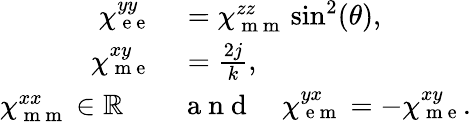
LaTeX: \begin{array}{rl}{\chi_{\mathrm{~e~e~}}^{yy}}&{{}=\chi_{\mathrm{~m~m~}}^{zz}\sin^{2}(\theta),}\\ {\chi_{\mathrm{~m~e~}}^{xy}}&{{}=\frac{2j}{k},}\\ {\chi_{\mathrm{~m~m~}}^{xx}\in\mathbb{R}\quad}&{{}\mathrm{~a~n~d~}\quad\chi_{\mathrm{~e~m~}}^{yx}=-\chi_{\mathrm{~m~e~}}^{xy}.}\end{array}